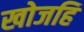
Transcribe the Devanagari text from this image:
खोजहि